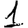
Digit: 1